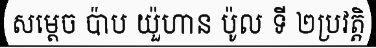
សម្តេច ប៉ាប យ៉ួហាន ប៉ូល ទី ២ប្រវត្តិ